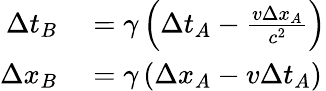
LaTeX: \begin{array}{rl}{\Delta t_{B}}&{{}=\gamma\left(\Delta t_{A}-\frac{v\Delta x_{A}}{c^{2}}\right)}\\ {\Delta x_{B}}&{{}=\gamma\left(\Delta x_{A}-v\Delta t_{A}\right)}\end{array}